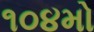
૧૦૪મો